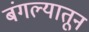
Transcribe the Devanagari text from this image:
बंगल्यातून